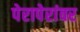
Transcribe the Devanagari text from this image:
पेरापेरांवर